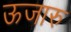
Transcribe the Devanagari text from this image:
ऊजारु